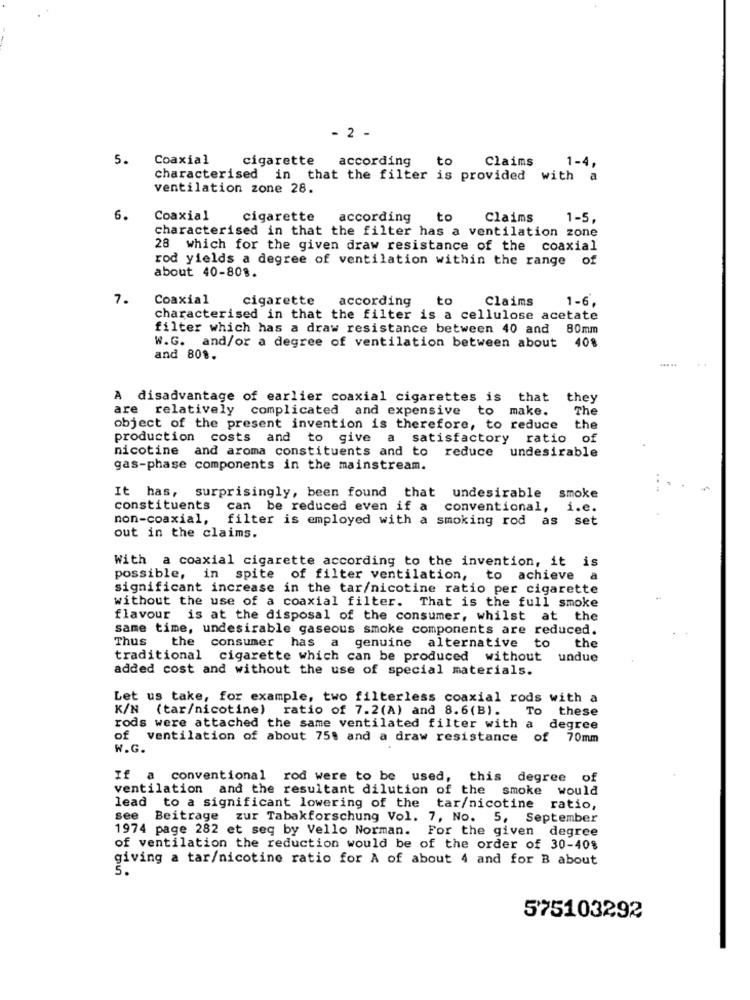
- 2 -
5.
Coaxial
cigarette
according
to
Claims
1-4,
characterised in that the filter is provided with a
ventilation zone 28.
6.
Coaxial
cigarette
according
to
Claims
1-5,
characterised in that the filter has a ventilation zone
28 which for the given draw resistance of the coaxial
rod yields a degree of ventilation within the range
of
about 40-808.
7.
Coaxial
cigarette
according
to
Claims
1-6.
characterised in that the filter is a cellulose acetate
filter which has a draw resistance between 40 and 80mm
W.G. and/or a degree of ventilation between about 408
and 808.
A disadvantage of earlier coaxial cigarettes is that they
are relatively complicated and expensive to make.
The
object of the present invention is therefore, to reduce
the
production costs and to give a satisfactory ratio of
nicotine and aroma constituents and to
reduce undesirable
gas-phase components in the mainstream.
smoke
It has, surprisingly, been found that undesirable
constituents
can be reduced even if a
conventional,
i.e.
non-coaxial,
filter is employed with a smoking rod as set
out in the claims.
With a coaxial cigarette according to the invention, it is
possible, in spite of filter ventilation, to achieve a
significant increase in the tar/nicotine ratio per cigarette
without the use of a coaxial filter. That is the full smoke
flavour is at the disposal of the consumer, whilst at the
same time, undesirable gaseous smoke components are reduced.
the
Thus the consumer has a genuine alternative to
traditional cigarette which can be produced without undue
added cost and without the use of special materials.
Let us take, for example, two filterless coaxial rods with a
K/N (tar/nicotine) ratio of 7.2(A) and 8.6(B).
To these
rods were attached the same ventilated filter with a
degree
of ventilation of about 75% and a draw resistance of 70mm
W.G.
If a conventional rod were to be used, this degree of
ventilation and the resultant dilution of the smoke would
lead to a significant lowering of the tar/nicotine ratio,
see Beitrage zur Tabakforschung Vol. 7, No. 5, September
1974 page 282 et seq by Vello Norman. For the given degree
of ventilation the reduction would be of the order of 30-40$
giving a tar/nicotine ratio for A of about 4 and for B about
575103292